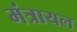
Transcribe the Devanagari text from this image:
मंत्रायल